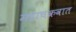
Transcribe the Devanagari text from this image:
महाचक्रवात